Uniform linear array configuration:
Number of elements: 24
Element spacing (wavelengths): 0.5
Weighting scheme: cosine
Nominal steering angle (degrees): -15
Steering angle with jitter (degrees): -16.679
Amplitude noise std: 0.05
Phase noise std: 0.05

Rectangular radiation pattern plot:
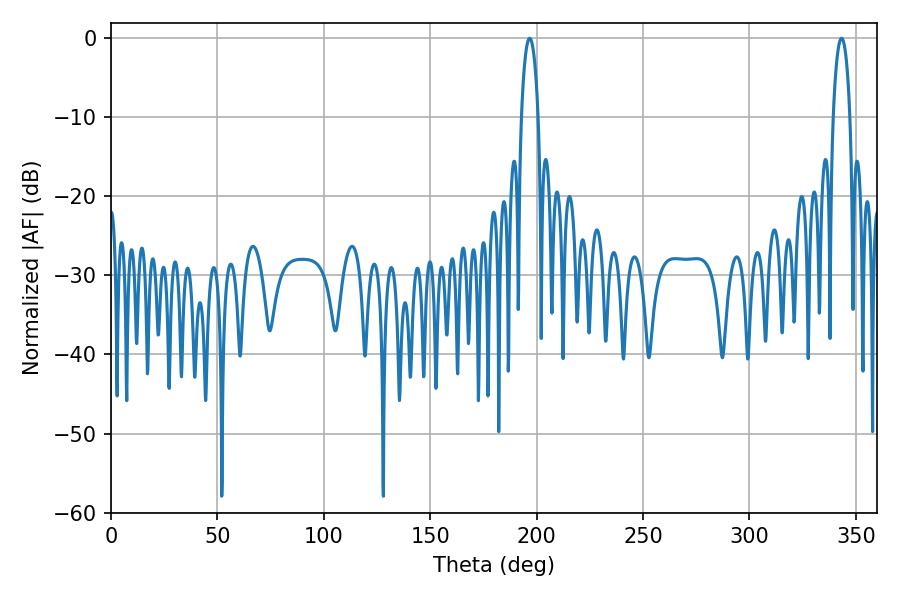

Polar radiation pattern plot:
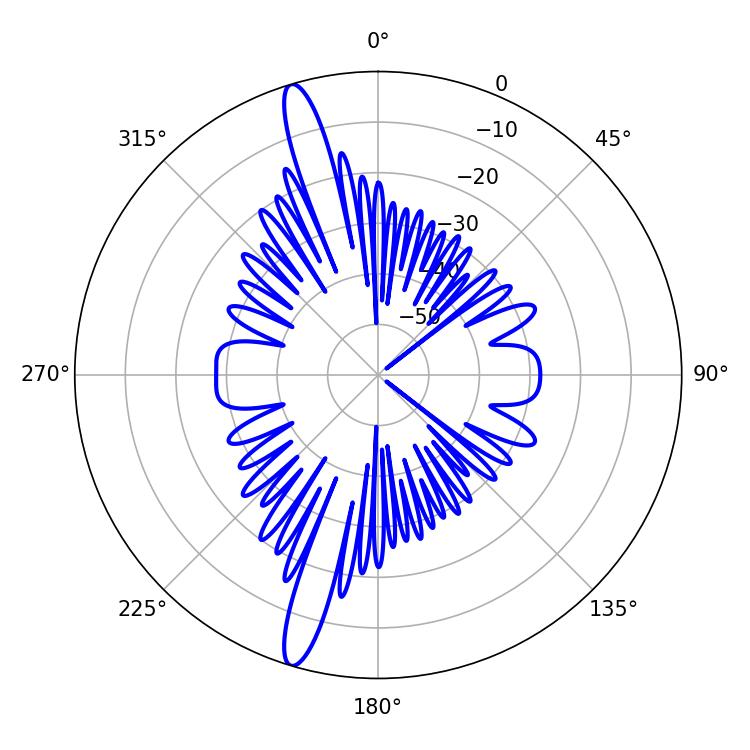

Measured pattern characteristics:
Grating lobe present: FALSE
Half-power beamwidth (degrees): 4.32
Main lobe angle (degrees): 196.74